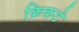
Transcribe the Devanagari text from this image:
क्रिकटे